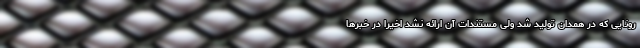
رونایی که در همدان تولید شد ولی مستندات آن ارائه نشد اخیرا در خبرها